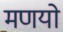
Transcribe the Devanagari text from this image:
मणयो